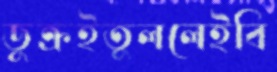
ডুক্‌রইতুললেইবি